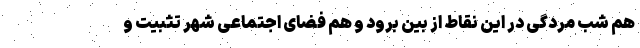
هم شب مردگی در این نقاط از بین برود و هم فضای اجتماعی شهر تثبیت و